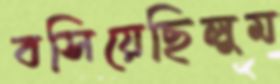
বসিয়েছিলুম